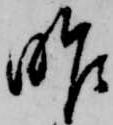
作